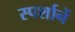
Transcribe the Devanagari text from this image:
स्पर्शानें